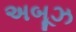
અબૂઝ